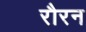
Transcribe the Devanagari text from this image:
रौरन